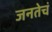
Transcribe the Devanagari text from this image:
जनतेचं